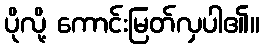
ပိုလို့ ကောင်းမြတ်လှပါ၏။